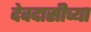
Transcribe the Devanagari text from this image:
देवदासीच्या